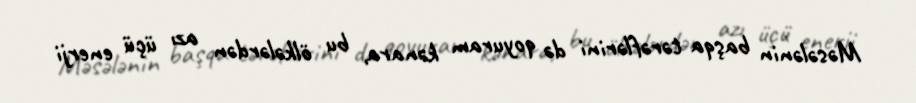
Məsələnin başqa tərəflərini də qoyuram kənara, bu ölkələrdən azı üçü enerji